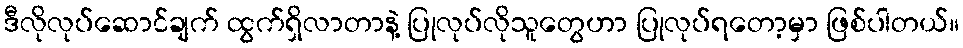
ဒီလိုလုပ်ဆောင်ချက် ထွက်ရှိလာတာနဲ့ ပြုလုပ်လိုသူတွေဟာ ပြုလုပ်ရတော့မှာ ဖြစ်ပါတယ်။